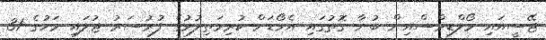
ޖޭސީއައި މޯލްޑިވްސްއިން ބުނާ ގޮތުގައި އެވޯޑަށް ކުރިމަތިލުމުގެ ފުރުސަރު ޖުލައި މަހުގެ 31